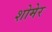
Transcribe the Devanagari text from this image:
शोमेर